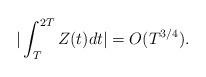
LaTeX: \begin{align*}\vert\int_{T}^{2T} Z(t) dt \vert = O(T^{3/4}).\end{align*}